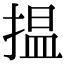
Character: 揾